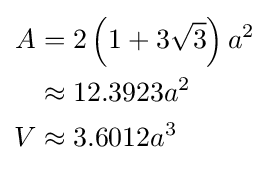
{\begin{aligned}A&=2\left(1+3{\sqrt {3}}\right)a^{2}\\&\approx 12.3923a^{2}\\V&\approx 3.6012a^{3}\end{aligned}}